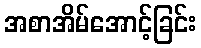
အစာအိမ်အောင့်ခြင်း